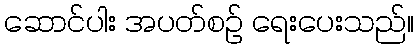
ဆောင်ပါး အပတ်စဉ် ရေးပေးသည်။